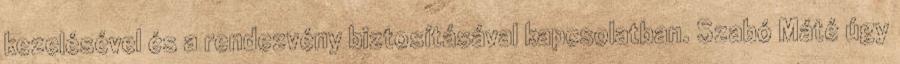
kezelésével és a rendezvény biztosításával kapcsolatban. Szabó Máté úgy